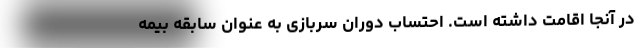
در آنجا اقامت داشته است. احتساب دوران سربازی به عنوان سابقه بیمه